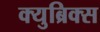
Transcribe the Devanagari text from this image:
क्युब्रिक्स